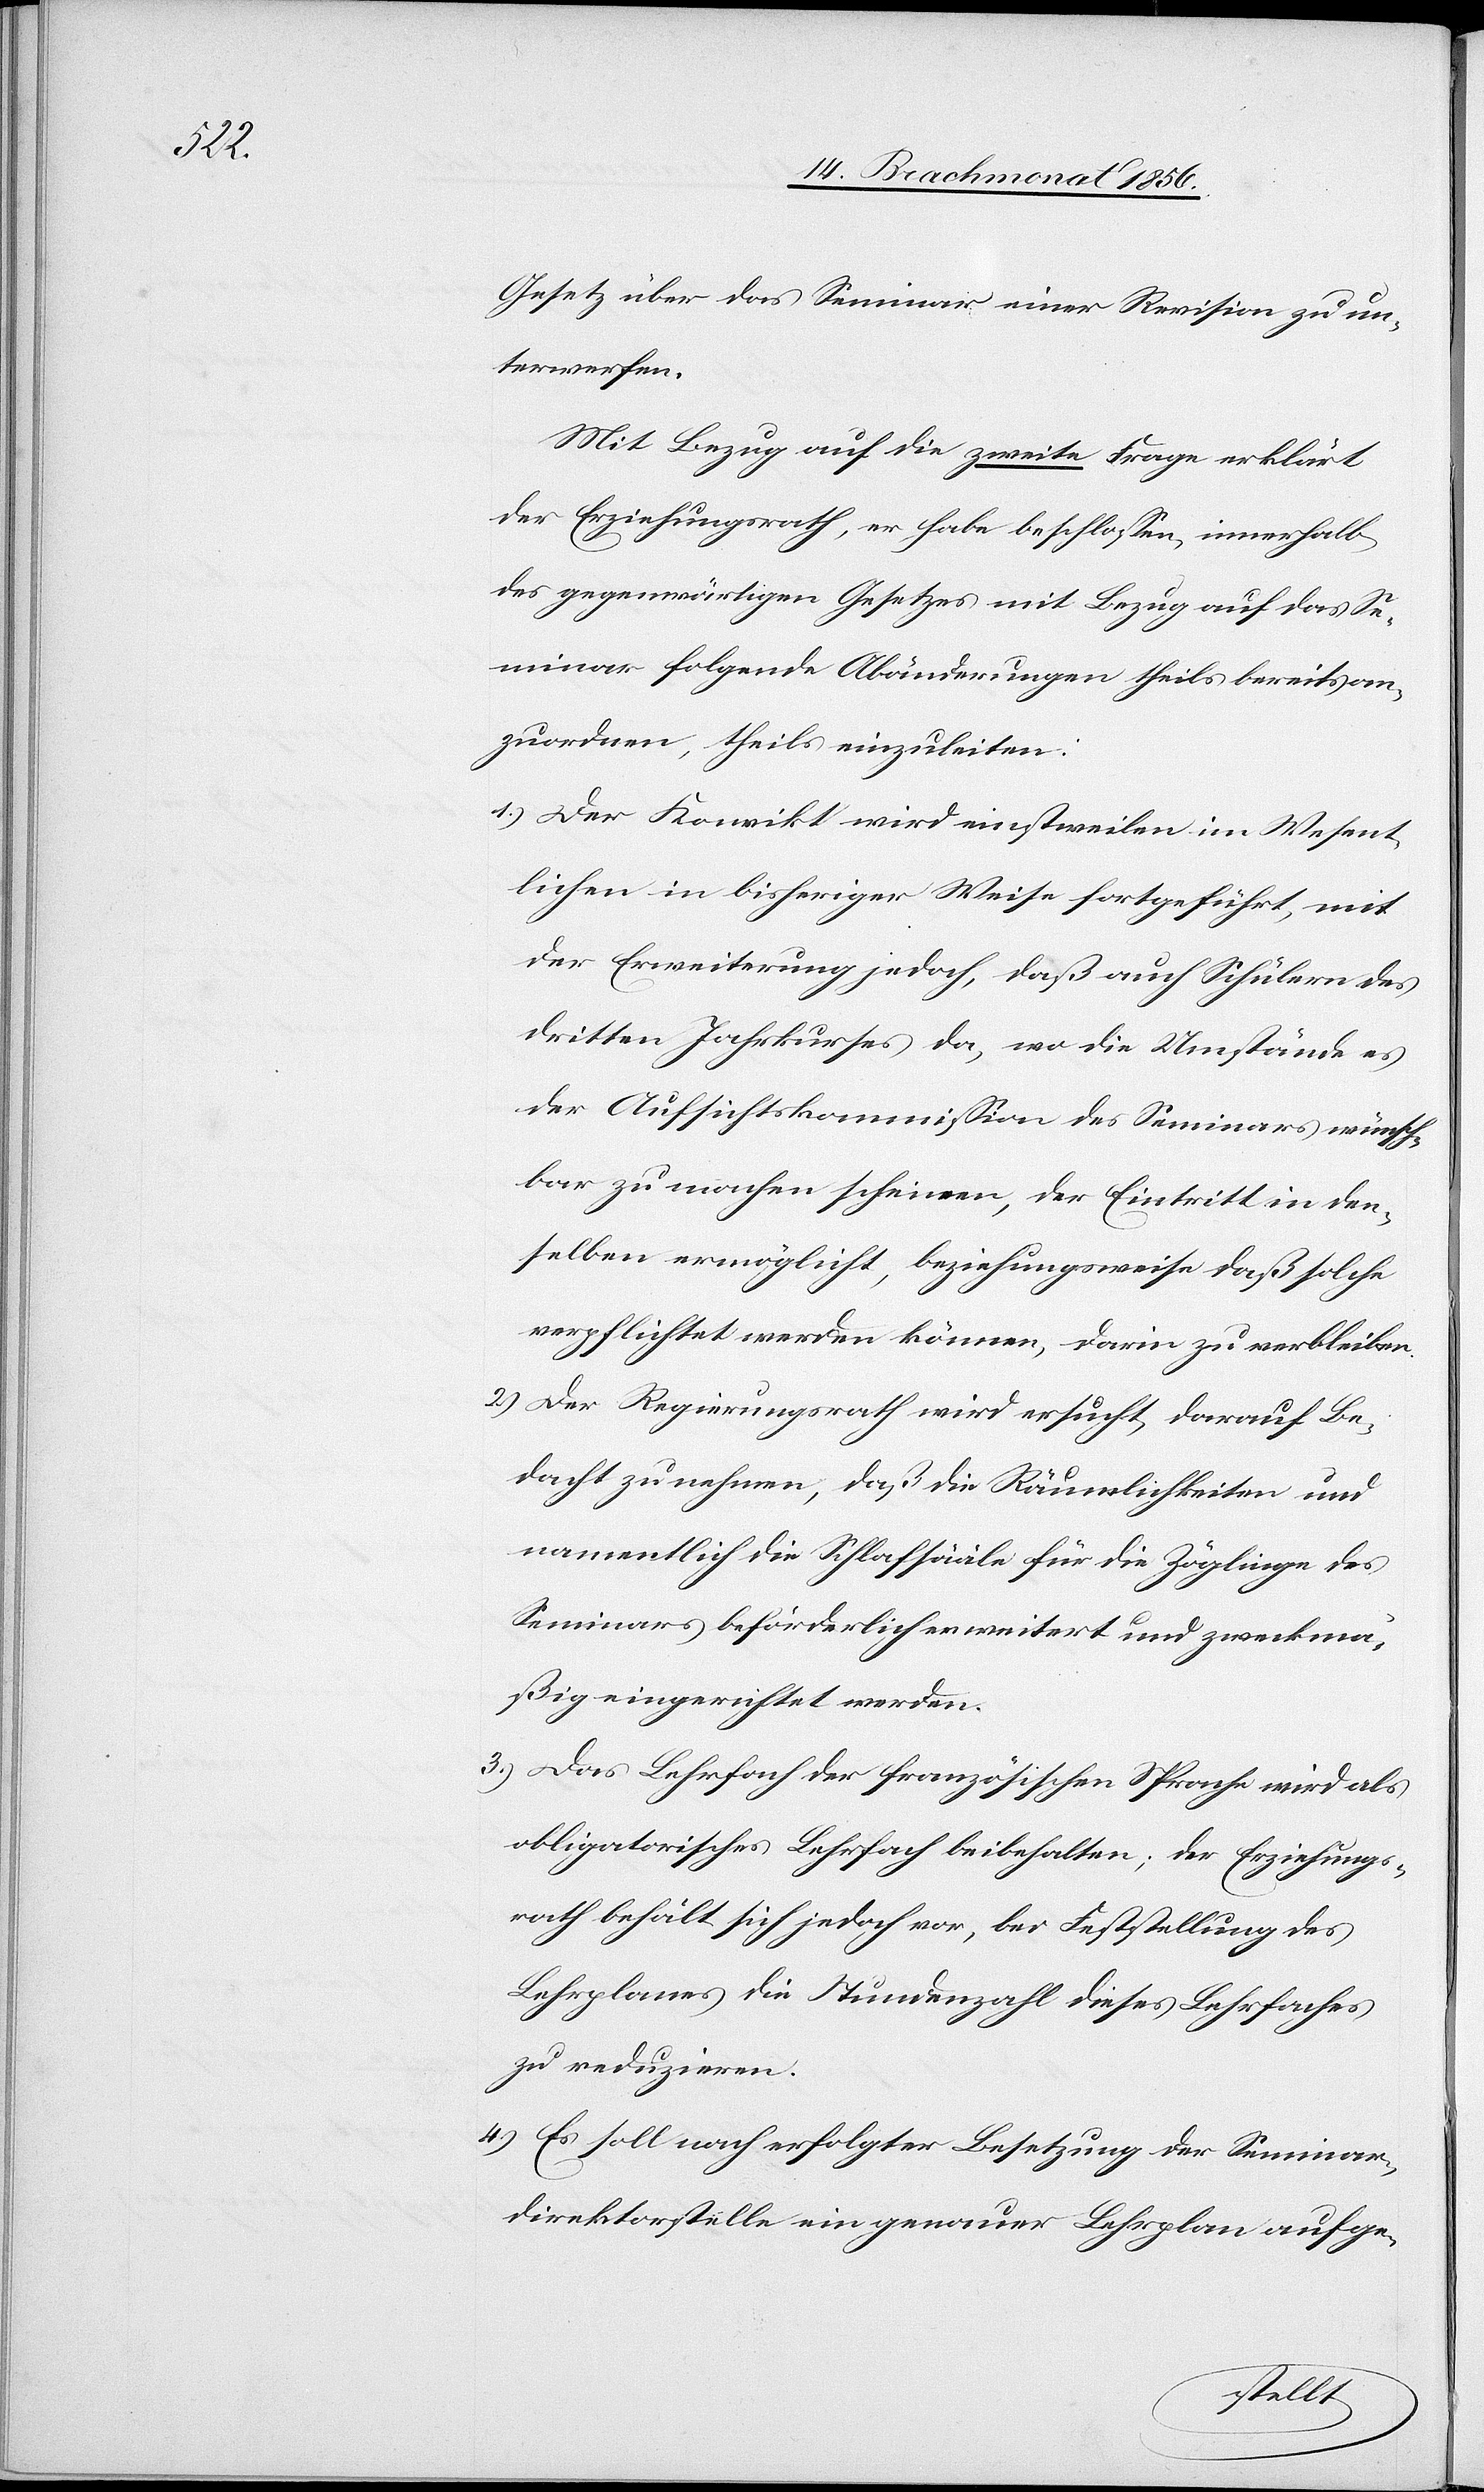
Gesetz über das Seminar einer Revision zu un¬
terwerfen.
Mit Bezug auf die zweite Frage erklärt
der Erziehungsrath, er habe beschlossen, innerhalb
des gegenwärtigen Gesetzes mit Bezug auf das Se¬
minar folgende Abänderungen theils bereits an¬
zuordnen, theils einzuleiten:
1.) Der Konvikt wird einstweilen im Wesent¬
lichen in bisheriger Weise fortgeführt, mit
der Erweiterung jedoch, daß auch Schülern des
dritten Jahrkurses da, wo die Umstände es
der Aufsichtskommission des Seminars wünsch¬
bar zu machen scheinen, der Eintritt in den¬
selben ermöglicht, beziehungsweise daß solche
verpflichtet werden können, darin zu verbleiben.
2.) Der Regierungsrath wird ersucht, darauf Be¬
dacht zu nehmen, daß die Räumlichkeiten und
namentlich die Schlafsääle für die Zöglinge des
Seminars beförderlich erweitert und zweckmä¬
ßig eingerichtet werden.
3.) Das Lehrfach der französischen Sprache wird als
obligatorisches Lehrfach beibehalten; der Erziehungs¬
rath behält sich jedoch vor, bei Feststellung des
Lehrplanes die Stundenzahl dieses Lehrfaches
zu reduzieren.
4.) Es soll nach erfolgter Besetzung der Seminar¬
direktorstelle ein genauer Lehrplan aufge-